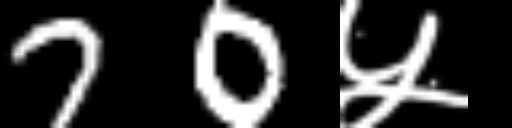
Text: 70५